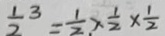
\frac { 1 } { 2 } ^ { 3 } = \frac { 1 } { 2 } \times \frac { 1 } { 2 } \times \frac { 1 } { 2 }